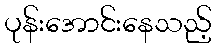
ပုန်းအောင်းနေသည့်